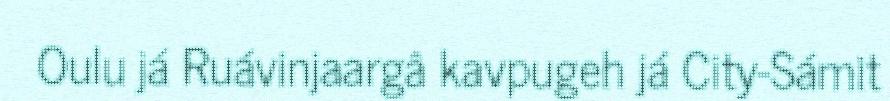
Oulu já Ruávinjaargâ kavpugeh já City-Sámit